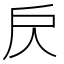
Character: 𢨨